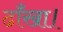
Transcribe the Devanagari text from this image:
ढाँखा।